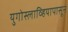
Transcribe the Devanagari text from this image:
युगोस्लाव्हियापासून